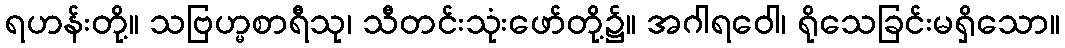
ရဟန်းတို့။ သဗြဟ္မစာရီသု၊ သီတင်းသုံးဖော်တို့၌။ အဂါရဝေါ၊ ရိုသေခြင်းမရှိသော။